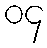
၀၄